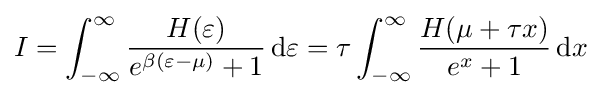
I=\int _{-\infty }^{\infty }{\frac {H(\varepsilon )}{e^{\beta (\varepsilon -\mu )}+1}}\,\mathrm {d} \varepsilon =\tau \int _{-\infty }^{\infty }{\frac {H(\mu +\tau x)}{e^{x}+1}}\,\mathrm {d} x